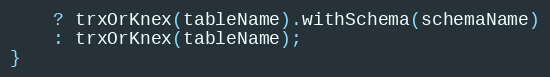
Language: JavaScript
    ? trxOrKnex(tableName).withSchema(schemaName)
    : trxOrKnex(tableName);
}